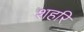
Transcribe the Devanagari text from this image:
शहरि